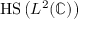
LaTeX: { \mathrm { H S } } \left( L ^ { 2 } ( \mathbb { C } ) \right)